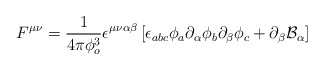
\begin{align*}F^{\mu \nu} =\frac{1}{4\pi \phi_o^3 } \epsilon^{\mu \nu \alpha \beta}\left[ \epsilon_{abc} \phi_a\partial_\alpha \phi_b \partial_\beta \phi_c+\partial_\beta {\mathcal B}_\alpha \right]\end{align*}